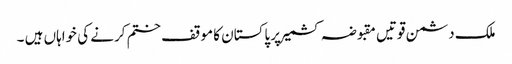
ملک دشمن قوتیں مقبوضہ کشمیر پر پاکستان کا موقف ختم کرنے کی خواہاں ہیں ۔